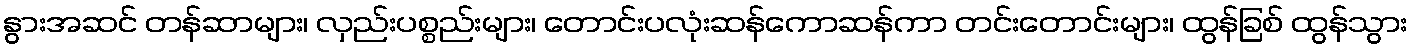
နွားအဆင် တန်ဆာများ၊ လှည်းပစ္စည်းများ၊ တောင်းပလုံးဆန်ကောဆန်ကာ တင်းတောင်းများ၊ ထွန်ခြစ် ထွန်သွား